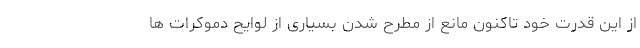
از این قدرت خود تاکنون مانع از مطرح شدن بسیاری از لوایح دموکرات ها